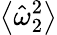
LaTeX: \left\langle\hat{\omega}_{2}^{2}\right\rangle